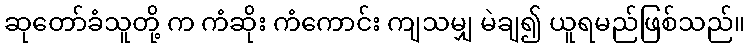
ဆုတော်ခံသူတို့ က ကံဆိုး ကံကောင်း ကျသမျှ မဲချ၍ ယူရမည်ဖြစ်သည်။